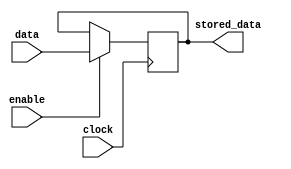
module transparent_latch (
    input wire data,
    input wire enable,
    input wire clock,
    output reg stored_data
);

always @(posedge clock) begin
    if (enable) begin
        stored_data <= data;
    end
end

endmodule